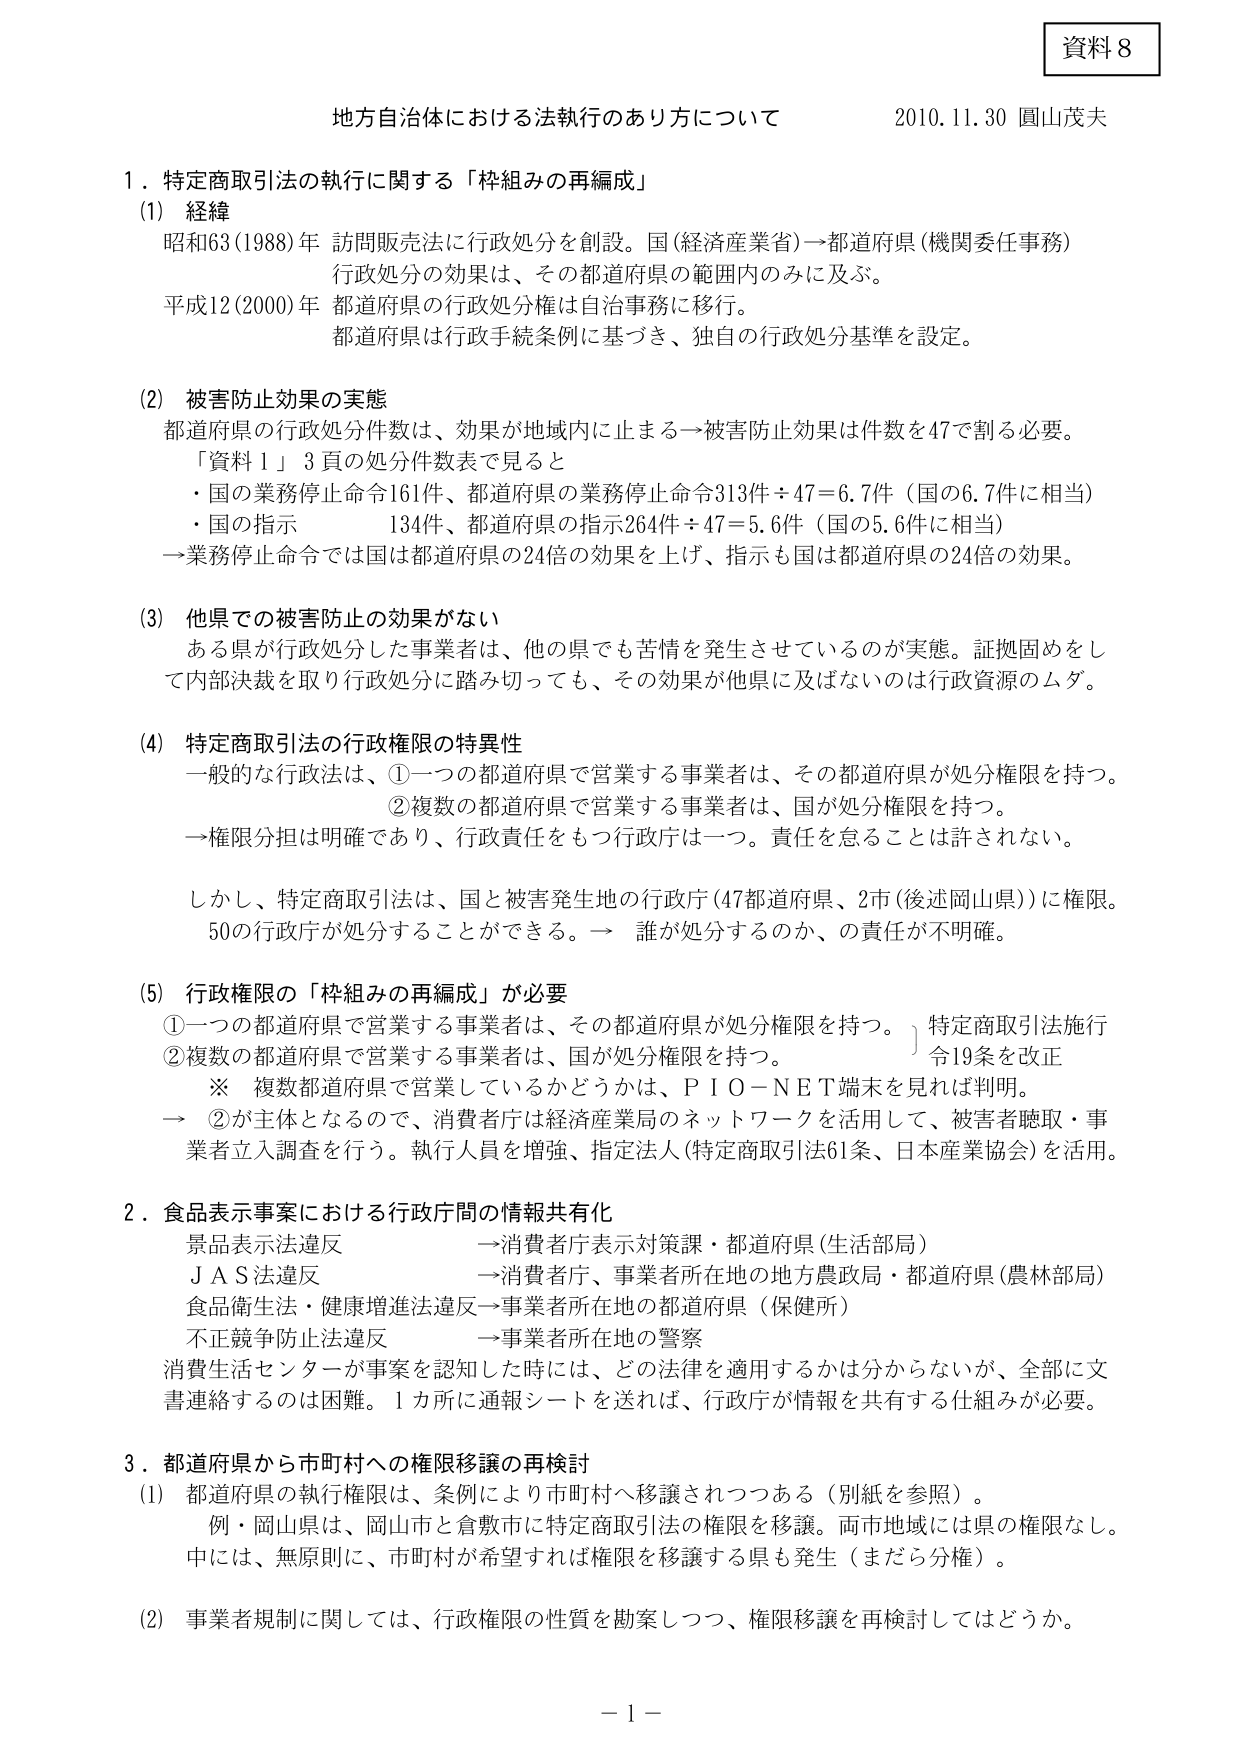
資料8

地方自治体における法執行のあり方について　　2010.11.30 圓山茂夫

１．特定商取引法の執行に関する「枠組みの再編成」

(1) 経緯
昭和63(1988)年 訪問販売法に行政処分を創設。国（経済産業省）→都道府県（機関委任事務）
行政処分の効果は、その都道府県の範囲内のみに及ぶ。
平成12(2000)年 都道府県の行政処分権は自治事務に移行。
都道府県は行政手続条例に基づき、独自の行政処分基準を設定。

(2) 被害防止効果の実態
都道府県の行政処分件数は、効果が地域内に止まる→被害防止効果は件数を47で割る必要。
「資料１」3頁の処分件数表で見ると
・国の業務停止命令161件、都道府県の業務停止命令313件÷47＝6.7件（国の6.7件に相当）
・国の指示 134件、都道府県の指示264件÷47＝5.6件（国の5.6件に相当）
→業務停止命令では国は都道府県の24倍の効果を上げ、指示も国は都道府県の24倍の効果。

(3) 他県での被害防止の効果がない
ある県が行政処分した事業者は、他の県でも苦情を発生させているのが実態。証拠固めをして内部決裁を取り行政処分に踏み切っても、その効果が他県に及ばないのは行政資源のムダ。

(4) 特定商取引法の行政権限の特異性
一般的な行政法は、①一つの都道府県で営業する事業者は、その都道府県が処分権限を持つ。
②複数の都道府県で営業する事業者は、国が処分権限を持つ。
→権限分担は明確であり、行政責任をもつ行政庁は一つ。責任を怠ることは許されない。

しかし、特定商取引法は、国と被害発生地の行政庁（47都道府県、2市（後述岡山県））に権限。
50の行政庁が処分することができる。→ 誰が処分するのか、の責任が不明確。

(5) 行政権限の「枠組みの再編成」が必要
①一つの都道府県で営業する事業者は、その都道府県が処分権限を持つ。
②複数の都道府県で営業する事業者は、国が処分権限を持つ。
※ 複数都道府県で営業しているかどうかは、ＰＩＯ－ＮＥＴ端末を見れば判明。
→ ②が主体となるので、消費者庁は経済産業局のネットワークを活用して、被害者聴取・事業者立入調査を行う。執行人員を増強、指定法人（特定商取引法61条、日本産業協会）を活用。

２．食品表示事案における行政庁間の情報共有化
景品表示法違反 →消費者庁表示対策課・都道府県（生活部局）
ＪＡＳ法違反 →消費者庁、事業者所在地の地方農政局・都道府県（農林部局）
食品衛生法・健康増進法違反→事業者所在地の都道府県（保健所）
不正競争防止法違反 →事業者所在地の警察
消費生活センターが事案を認知した時には、どの法律を適用するかは分からないが、全部に文書連絡するのは困難。1カ所に通報シートを送れば、行政庁が情報を共有する仕組みが必要。

３．都道府県から市町村への権限移譲の再検討
(1) 都道府県の執行権限は、条例により市町村へ移譲されつつある（別紙を参照）。
例・岡山県は、岡山市と倉敷市に特定商取引法の権限を移譲。両市地域には県の権限なし。
中には、無原則に、市町村が希望すれば権限を移譲する県も発生（まだら分権）。

(2) 事業者規制に関しては、行政権限の性質を勘案しつつ、権限移譲を再検討してはどうか。

－１－